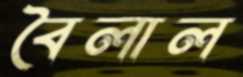
বৈলাল